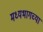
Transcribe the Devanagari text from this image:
मध्‍यभागच्या